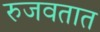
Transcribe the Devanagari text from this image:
रुजवतात